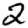
Digit: 2